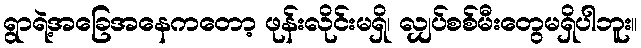
ရွာရဲ့အခြေအနေကတော့ ဖုန်းလိုင်းမရှိ၊ လျှပ်စစ်မီးတွေမရှိပါဘူး။